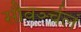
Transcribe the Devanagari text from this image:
सौवर्ञ्चलं